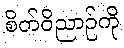
စိတ်ဝိညာဉ်ကို